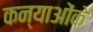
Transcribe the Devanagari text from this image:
कन्याओंके